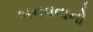
બનવવાનો